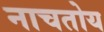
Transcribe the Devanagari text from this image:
नाचतोय